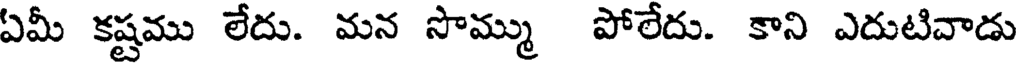
ఏమీ కష్టము లేదు. మన సొమ్ము పోలేదు. కాని ఎదుటివాడు